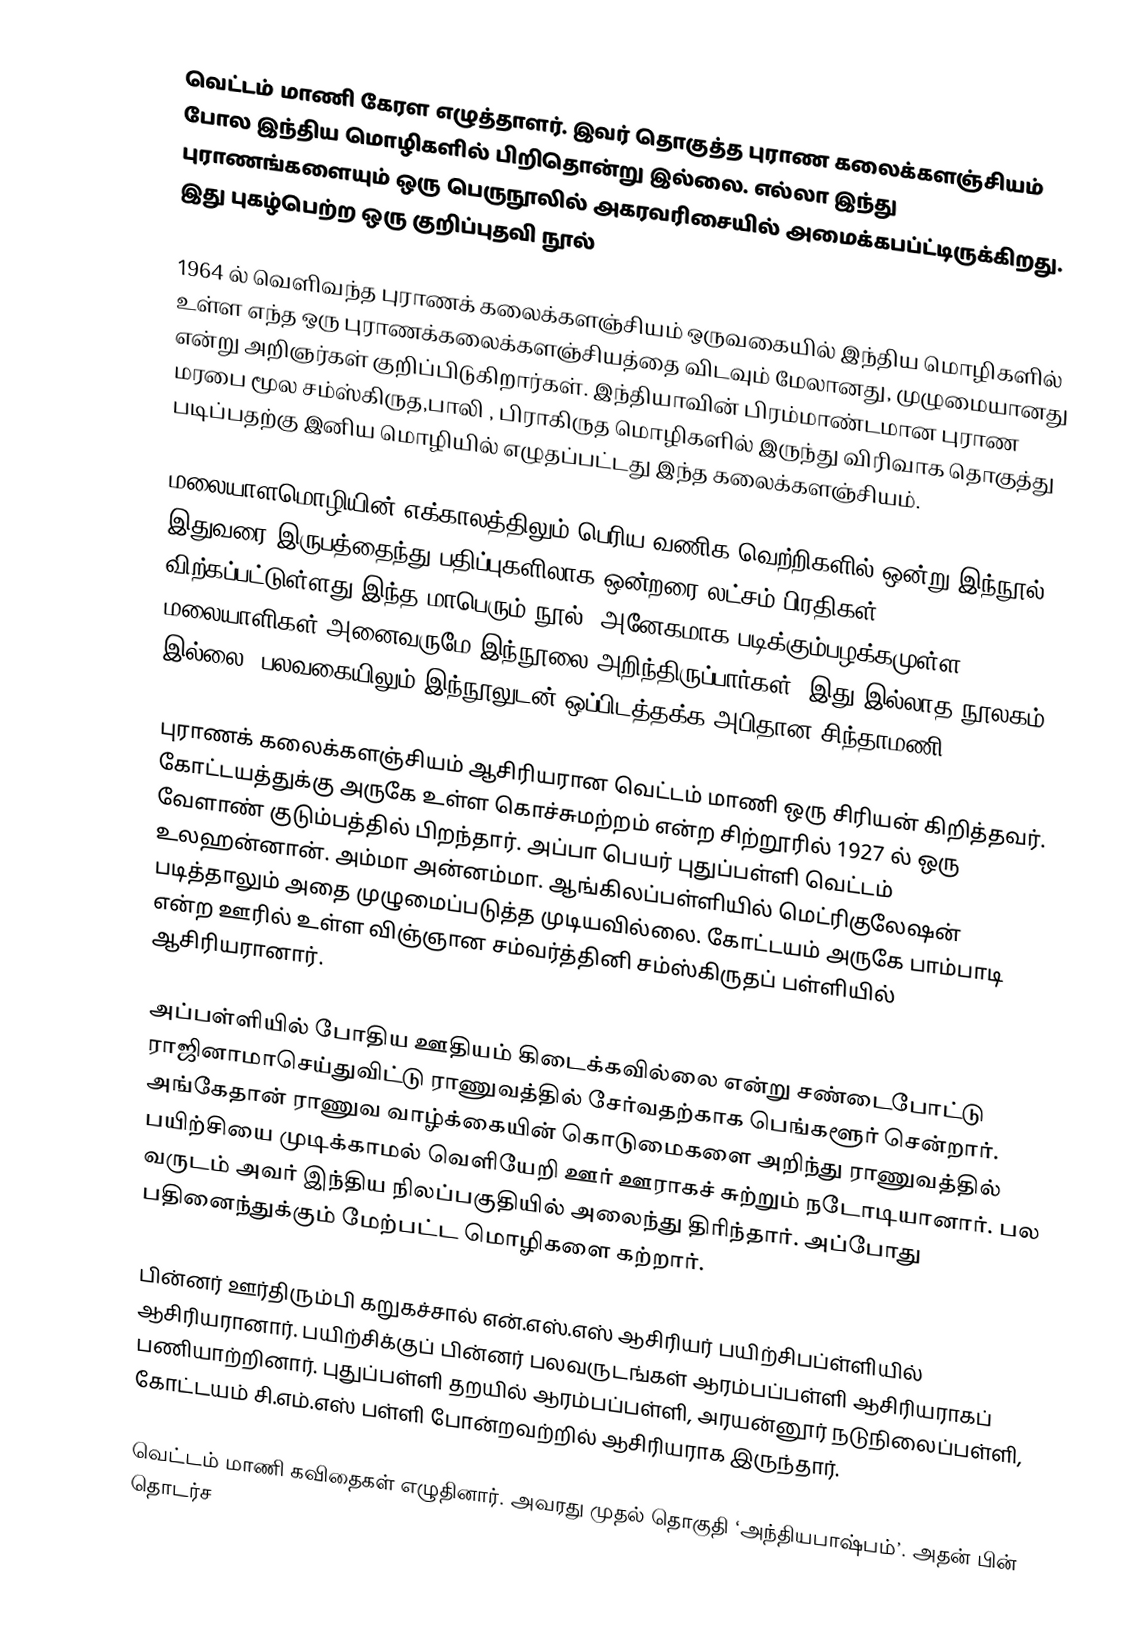
வெட்டம் மாணி கேரள எழுத்தாளர். இவர் தொகுத்த புராண கலைக்களஞ்சியம் போல  இந்திய மொழிகளில் பிறிதொன்று இல்லை. எல்லா இந்து புராணங்களையும் ஒரு பெருநூலில் அகரவரிசையில் அமைக்கபப்ட்டிருக்கிறது. இது புகழ்பெற்ற ஒரு குறிப்புதவி நூல்

1964 ல் வெளிவந்த புராணக் கலைக்களஞ்சியம் ஒருவகையில் இந்திய மொழிகளில் உள்ள எந்த ஒரு புராணக்கலைக்களஞ்சியத்தை விடவும் மேலானது, முழுமையானது என்று அறிஞர்கள் குறிப்பிடுகிறார்கள். இந்தியாவின் பிரம்மாண்டமான புராண மரபை மூல சம்ஸ்கிருத,பாலி , பிராகிருத மொழிகளில் இருந்து விரிவாக தொகுத்து படிப்பதற்கு இனிய மொழியில் எழுதப்பட்டது இந்த கலைக்களஞ்சியம்.

மலையாளமொழியின் எக்காலத்திலும் பெரிய வணிக வெற்றிகளில் ஒன்று இந்நூல். இதுவரை இருபத்தைந்து பதிப்புகளிலாக ஒன்றரை லட்சம் பிரதிகள் விற்கப்பட்டுள்ளது இந்த மாபெரும் நூல். அனேகமாக படிக்கும்பழக்கமுள்ள மலையாளிகள் அனைவருமே இந்நூலை அறிந்திருப்பார்கள். இது இல்லாத நூலகம் இல்லை. பலவகையிலும் இந்நூலுடன் ஒப்பிடத்தக்க அபிதான சிந்தாமணி  .

புராணக் கலைக்களஞ்சியம் ஆசிரியரான வெட்டம் மாணி ஒரு சிரியன் கிறித்தவர். கோட்டயத்துக்கு அருகே உள்ள கொச்சுமற்றம் என்ற சிற்றூரில் 1927 ல் ஒரு வேளாண் குடும்பத்தில் பிறந்தார். அப்பா பெயர் புதுப்பள்ளி வெட்டம் உலஹன்னான். அம்மா அன்னம்மா. ஆங்கிலப்பள்ளியில் மெட்ரிகுலேஷன் படித்தாலும் அதை முழுமைப்படுத்த முடியவில்லை. கோட்டயம் அருகே பாம்பாடி என்ற ஊரில் உள்ள விஞ்ஞான சம்வர்த்தினி சம்ஸ்கிருதப் பள்ளியில் ஆசிரியரானார்.

அப்பள்ளியில் போதிய ஊதியம் கிடைக்கவில்லை என்று சண்டைபோட்டு ராஜினாமாசெய்துவிட்டு ராணுவத்தில் சேர்வதற்காக பெங்களூர் சென்றார். அங்கேதான் ராணுவ வாழ்க்கையின் கொடுமைகளை அறிந்து ராணுவத்தில் பயிற்சியை முடிக்காமல் வெளியேறி ஊர் ஊராகச் சுற்றும் நடோடியானார். பல வருடம் அவர் இந்திய நிலப்பகுதியில் அலைந்து திரிந்தார். அப்போது பதினைந்துக்கும் மேற்பட்ட மொழிகளை  கற்றார்.

பின்னர் ஊர்திரும்பி கறுகச்சால் என்.எஸ்.எஸ் ஆசிரியர் பயிற்சிபப்ள்ளியில் ஆசிரியரானார். பயிற்சிக்குப் பின்னர் பலவருடங்கள் ஆரம்பப்பள்ளி ஆசிரியராகப் பணியாற்றினார். புதுப்பள்ளி தறயில் ஆரம்பப்பள்ளி, அரயன்னூர் நடுநிலைப்பள்ளி, கோட்டயம் சி.எம்.எஸ் பள்ளி போன்றவற்றில் ஆசிரியராக இருந்தார்.

வெட்டம் மாணி கவிதைகள் எழுதினார். அவரது முதல் தொகுதி ‘அந்தியபாஷ்பம்’. அதன் பின் தொடர்ச